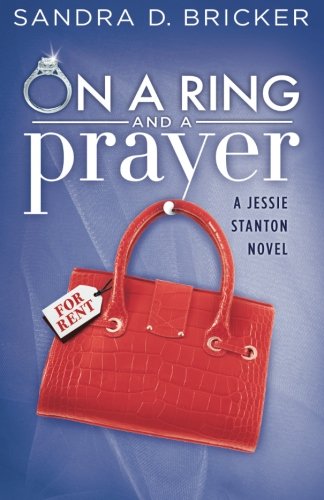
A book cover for On a Ring and A Prayer: A Jessie Stanton Novel - Book 1; Sandra D. Bricker; Literature & Fiction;